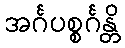
အင်္ဂပစ္စင်္ဂန္တိ